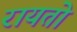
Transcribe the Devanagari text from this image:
रायतो